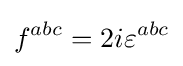
f^{abc}=2i\varepsilon ^{abc}